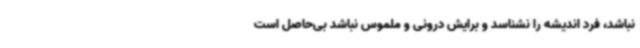
نباشد، فرد اندیشه را نشناسد و برایش درونی و ملموس نباشد بی‌حاصل است